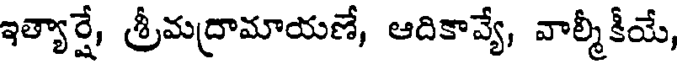
ఇత్యార్షే, శ్రీమద్రామాయణే, ఆదికావ్యే, వాల్మీకీయే,